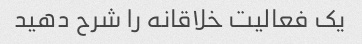
یک فعالیت خلاقانه را شرح دهید